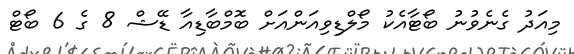
މިއަދު ގެނެވުނު ބޯޓާއެކު މޯލްޑިވިއަންއަށް ބޮމްބާޑިއާ ޑޭޝް 8 ގެ 6 ބޯޓް